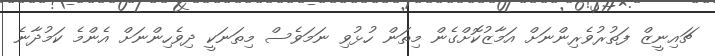
ޗައިނީޒް ފަތުރުވެރިންނަށް އަމާޒުކޮށްގެން މިތަން ހުޅުވި ނަމަވެސް މިތަނަކީ ދިވެހިންނަށް އެންމެ ކަމުދާނެ